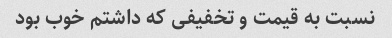
نسبت به قیمت و تخفیفی که داشتم خوب بود